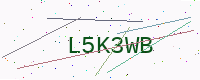
Text: L5K3WB